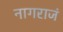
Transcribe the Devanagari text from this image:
नागराजं